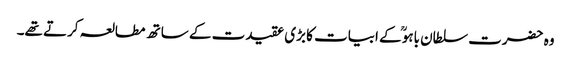
وہ حضرت سلطان باہوؒ کے ابیات کا بڑی عقیدت کے ساتھ مطالعہ کرتے تھے۔